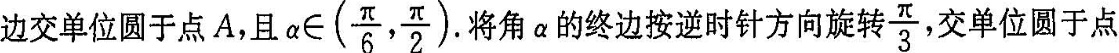
边交单位圆于点A，且\alpha \in ( \frac{ \pi }{6}, \frac{ \pi }{2}) 。将角a的终边按逆时针方向旋转 \frac{ \pi }{3} ，交单位圆于点